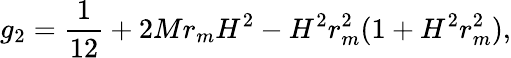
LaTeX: g_{2}=\frac{1}{12}+2Mr_{m}H^{2}-H^{2}r_{m}^{2}(1+H^{2}r_{m}^{2}),